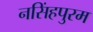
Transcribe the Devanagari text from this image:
नसिंहपुरम